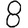
Digit: 8